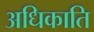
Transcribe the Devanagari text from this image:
अधिकाति